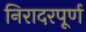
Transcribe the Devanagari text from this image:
निरादरपूर्ण